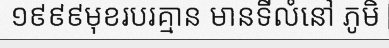
១៩៩៩មុខរបរគ្មាន មានទីលំនៅ ភូមិ